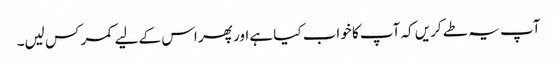
آپ یہ طے کریں کہ آپ کا خواب کیا ہے اور پھر اس کے لیے کمر کس لیں۔